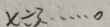
x \div 3 \cdots 0